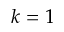
k = 1